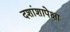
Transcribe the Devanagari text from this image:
दशांशापेक्षा